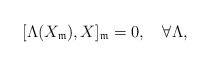
\begin{align*}[\Lambda(X_\mathfrak{m}),X]_\mathfrak{m}=0,\quad\forall \Lambda,\end{align*}